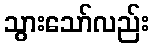
သွားသော်လည်း